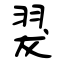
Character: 翇